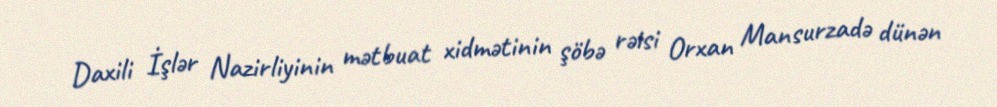
Daxili İşlər Nazirliyinin mətbuat xidmətinin şöbə rəisi Orxan Mansurzadə dünən